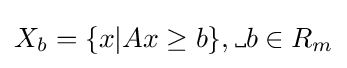
X_{b}=\{x|Ax\geq b\},\mathrm {\textvisiblespace} b\in R_{m}